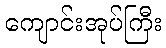
ကျောင်းအုပ်ကြီး